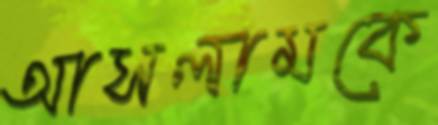
আসলামকে